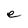
Character: e